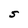
Character: S